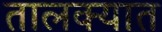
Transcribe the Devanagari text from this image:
तालक्यात